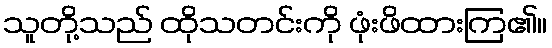
သူတို့သည် ထိုသတင်းကို ဖုံးဖိထားကြ၏။